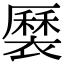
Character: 𧝏